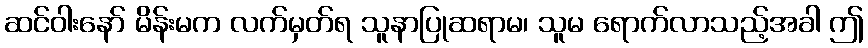
ဆင်ဝါးနော် မိန်းမက လက်မှတ်ရ သူနာပြုဆရာမ၊ သူမ ရောက်လာသည့်အခါ ဤ